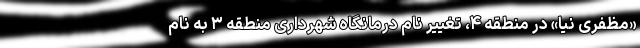
«مظفری نیا» در منطقه ۴، تغییر نام درمانگاه شهرداری منطقه ۳ به نام